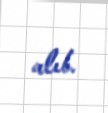
alıb.